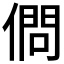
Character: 𠍒